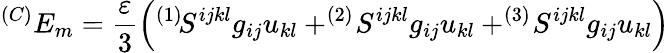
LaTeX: ^{(C)}E_{m}=\frac\varepsilon 3\left(^{(1)}\! S^{ijkl}g_{ij}u_{kl}+^{(2)}\! S^{ijkl}g_{ij}u_{kl}+^{(3)}\! S^{ijkl}g_{ij}u_{kl}\right)